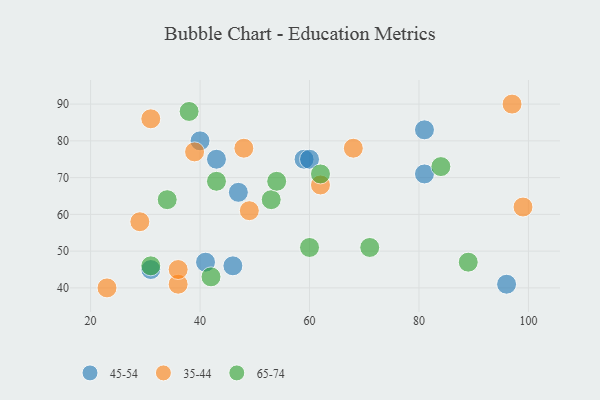
{"axis": {"x": "GDP", "y": "Life Expectancy"}, "legend": ["35-44", "45-54", "65-74"], "data": [{"x": "31", "y": 45, "type": "45-54"}, {"x": "41", "y": 47, "type": "45-54"}, {"x": "96", "y": 41, "type": "45-54"}, {"x": "81", "y": 71, "type": "45-54"}, {"x": "46", "y": 46, "type": "45-54"}, {"x": "59", "y": 75, "type": "45-54"}, {"x": "47", "y": 66, "type": "45-54"}, {"x": "43", "y": 75, "type": "45-54"}, {"x": "40", "y": 80, "type": "45-54"}, {"x": "81", "y": 83, "type": "45-54"}, {"x": "60", "y": 75, "type": "45-54"}, {"x": "49", "y": 61, "type": "35-44"}, {"x": "36", "y": 41, "type": "35-44"}, {"x": "48", "y": 78, "type": "35-44"}, {"x": "39", "y": 77, "type": "35-44"}, {"x": "36", "y": 45, "type": "35-44"}, {"x": "97", "y": 90, "type": "35-44"}, {"x": "31", "y": 86, "type": "35-44"}, {"x": "29", "y": 58, "type": "35-44"}, {"x": "99", "y": 62, "type": "35-44"}, {"x": "62", "y": 68, "type": "35-44"}, {"x": "23", "y": 40, "type": "35-44"}, {"x": "68", "y": 78, "type": "35-44"}, {"x": "38", "y": 88, "type": "65-74"}, {"x": "89", "y": 47, "type": "65-74"}, {"x": "84", "y": 73, "type": "65-74"}, {"x": "42", "y": 43, "type": "65-74"}, {"x": "60", "y": 51, "type": "65-74"}, {"x": "71", "y": 51, "type": "65-74"}, {"x": "31", "y": 46, "type": "65-74"}, {"x": "43", "y": 69, "type": "65-74"}, {"x": "34", "y": 64, "type": "65-74"}, {"x": "53", "y": 64, "type": "65-74"}, {"x": "62", "y": 71, "type": "65-74"}, {"x": "54", "y": 69, "type": "65-74"}]}